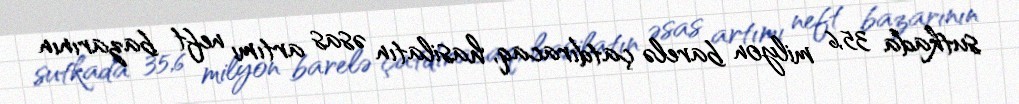
sutkada 35,6 milyon barelə çatdıracaq, hasilatın əsas artımı neft bazarının